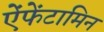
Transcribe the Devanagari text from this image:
ऐंफेंटामिन